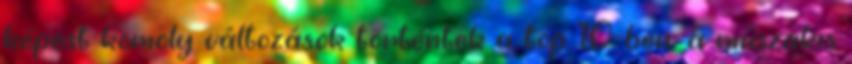
képest komoly változások történtek a top 10-ben: a műszakis